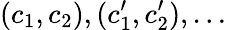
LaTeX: (c_{1},c_{2}),(c_{1}^{\prime},c_{2}^{\prime}),\ldots